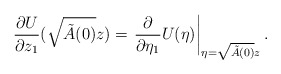
\begin{align*}\frac{\partial U}{\partial z_{1}}(\sqrt{\tilde{A}(0)}z)=\left. \frac{\partial}{\partial\eta_{1}}U(\eta)\right\vert _{\eta=\sqrt{\tilde{A}(0)}z}.\end{align*}